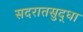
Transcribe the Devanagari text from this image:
सदरातसुद्धा